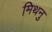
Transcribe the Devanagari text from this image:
मिथनु